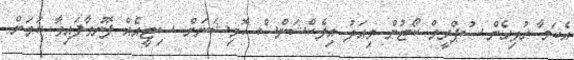
އެކަމާ ގުޅިގެން ސުޕްރީމް ކޯޓުން މިއަދު އިލެކްޝަންސް ކޮމިޝަނަށް ސިޓީއެއް ފޮނުވާފައިވާ ކަމަށް